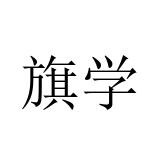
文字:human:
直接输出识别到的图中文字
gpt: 旗学